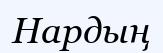
Нардың